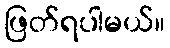
ဖြတ်ရပါမယ်။